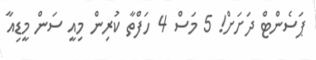
ޕަސެންޓް ދަށަށް! 5 މަސް 4 ހަފްތާ ކުރިން މިއީ ސަން މީޑިއާ